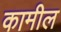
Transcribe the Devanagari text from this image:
कामील